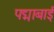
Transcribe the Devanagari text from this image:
पद्माबाई